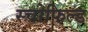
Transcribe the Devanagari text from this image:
स्चोफिल्ड